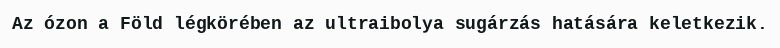
Az ózon a Föld légkörében az ultraibolya sugárzás hatására keletkezik.